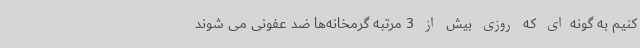
کنیم به گونه‌ای که روزی بیش از 3 مرتبه گرمخانه‌ها ضد عفونی می شوند